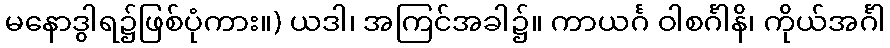
မနောဒွါရ၌ဖြစ်ပုံကား။) ယဒါ၊ အကြင်အခါ၌။ ကာယင်္ဂ ဝါစင်္ဂါနိ၊ ကိုယ်အင်္ဂါ